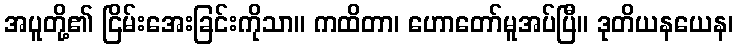
အပူတို့၏ ငြိမ်းအေးခြင်းကိုသာ။ ကထိတာ၊ ဟောတော်မူအပ်ပြီ။ ဒုတိယနယေန၊